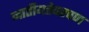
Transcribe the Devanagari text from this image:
जातीयतेवरपण